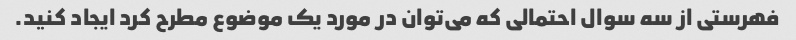
فهرستی از سه سوال احتمالی که می‌توان در مورد یک موضوع مطرح کرد ایجاد کنید.